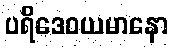
ပရိဒေဝယမာနော